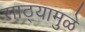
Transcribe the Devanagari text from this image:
साठ्यामुळे